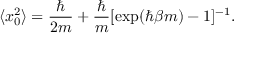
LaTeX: \langle x _ { 0 } ^ { 2 } \rangle = { \frac { \hbar } { 2 m } } + { \frac { \hbar } { m } } [ \exp ( \hbar \beta m ) - 1 ] ^ { - 1 } .